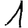
Digit: 1